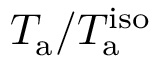
T _ { \mathrm { a } } / T _ { \mathrm { a } } ^ { \mathrm { i s o } }